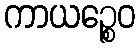
ကာယဉ္စေဝ